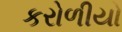
કરોળીયો